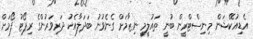
އެޑިއުކޭޝަން މިނިސްޓްރީން ބުނީ ތައުލީމީ ނިޒާމަށް ގެނެވުނު ބަދަލާއެކު ދަރިވަރުންގެ ރިޕޯޓު ފޯމަށް